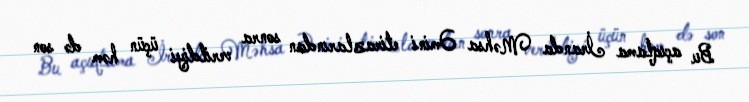
Bu açıqlama İranda Məhsa Əmini etirazlarından sonra verildiyi üçün həm də son